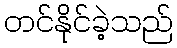
တင်နိုင်ခဲ့သည်